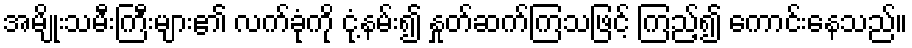
အမျိုးသမီးကြီးများ၏ လက်ခုံကို ငုံ့နမ်း၍ နှုတ်ဆက်ကြသဖြင့် ကြည့်၍ ကောင်းနေသည်။